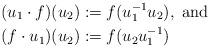
LaTeX: \begin{align*}&(u_1 \cdot f)(u_2) := f(u_1 ^{-1} u_2),\ {\rm and}\\&(f \cdot u_1)(u_2) := f(u_2 u_1 ^{-1})\end{align*}